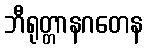
ဘီရုတ္တာနဂတေန